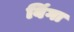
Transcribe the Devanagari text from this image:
बिंगा